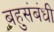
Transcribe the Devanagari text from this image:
बहुसंबंधी